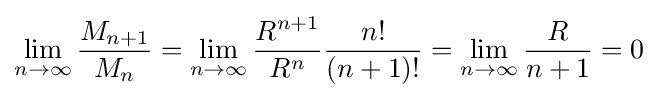
\lim _{n\to \infty }{\frac {M_{n+1}}{M_{n}}}=\lim _{n\to \infty }{\frac {R^{n+1}}{R^{n}}}{\frac {n!}{(n+1)!}}=\lim _{n\to \infty }{\frac {R}{n+1}}=0